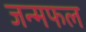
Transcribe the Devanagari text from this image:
जन्मफल